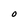
Character: O